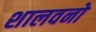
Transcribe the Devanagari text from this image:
शालवनो